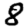
Digit: 8